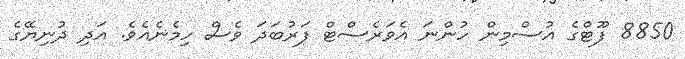
8850 ފޫޓްގެ އުސްމިން ހުންނަ އެވަރެސްޓް ފަރުބަދަ ވެސް ހިމެނެއެވެ. އަދި ދުނިޔޭގެ